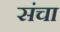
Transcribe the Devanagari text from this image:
संचा